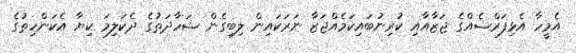
އެމީހާ އެޅިފަރްޟެއްގެ ޖަޒާއާއި ކުރިނުބައިކަމެއްޖަޒާ ނަރަކައިން ލިބިގެން ޝަހާދަތުގެ ދެކަލިމަ ކިޔާ އެކަންހިތުގެ